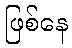
ဖြစ်နေ